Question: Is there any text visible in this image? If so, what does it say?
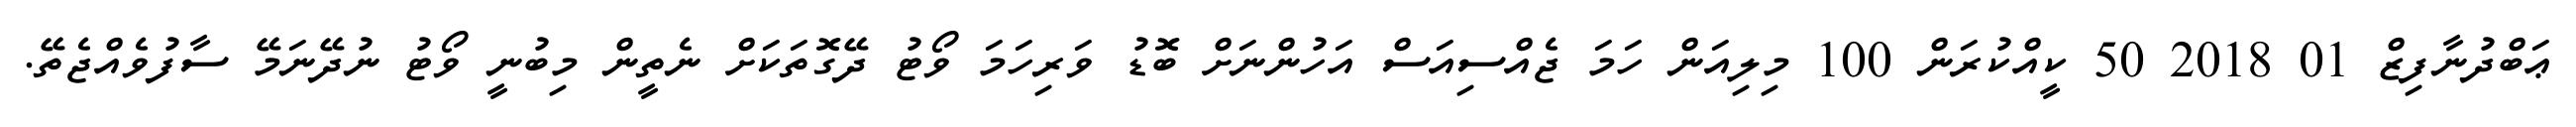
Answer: ޢަބްދުނާފިޒް 01 2018 50 ކީއްކުރަން 100 މިލިއަން ހަމަ ޖެއްސިއަސް އަހުންނަށް ބޮޑު ވަރިހަމަ ވޯޓު ދޭގޮތަކަށް ނެތީން މިބުނީ ވޯޓު ނުދޭނަމޭ ސާފުވެއްޖެތޭ.